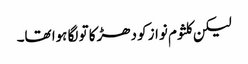
لیکن کلثوم نواز کو دھڑکا تو لگا ہوا تھا۔